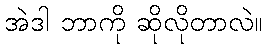
အဲဒါ ဘာကို ဆိုလိုတာလဲ။